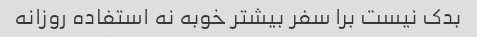
بدک نیست برا سفر بیشتر خوبه نه استفاده روزانه